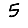
Digit: 5